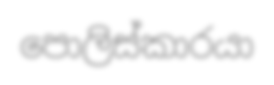
පොලිස්කාරයා